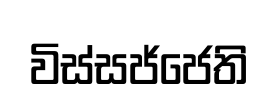
විස්සජ්ජෙති